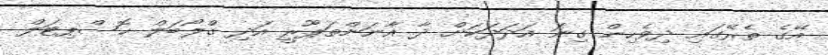
އޭގެ ތެރޭގައި ދިވެހިން ގިނަ އަދަދަކަށް ދާ އާނަންތަޕޫރީ އަދި ގްލޯބަލް ހޮސްޕިޓަލް